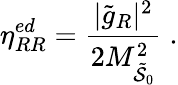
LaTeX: \eta_{RR}^{ed}=\frac{|\tilde{g}_{R}|^{2}}{2M_{\tilde{\cal S}_{0}}^{2}}\; .